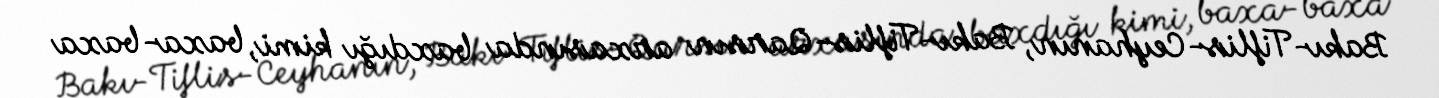
Bakı-Tiflis-Ceyhanın, Bakı-Tiflis-Qarsın arxasında baxdığı kimi, baxa-baxa